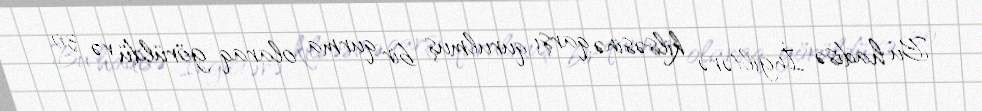
Bu hadisə İngiltərə kilsəsinə qarşı qurulmuş bir qurma olaraq görüldü və 30